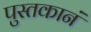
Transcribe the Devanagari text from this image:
पुस्तकानं